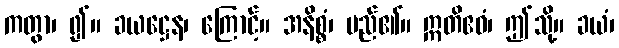
ကတွာ၊ ၍။ ခယဋ္ဌေန၊ ကြောင့်။ အနိစ္စံ၊ မည်၏။ ဣတိဧဝံ၊ ဤသို့။ ခယံ၊